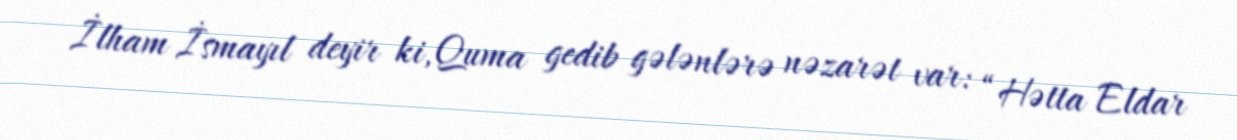
İlham İsmayıl deyir ki, Quma gedib gələnlərə nəzarət var: “Hətta Eldar